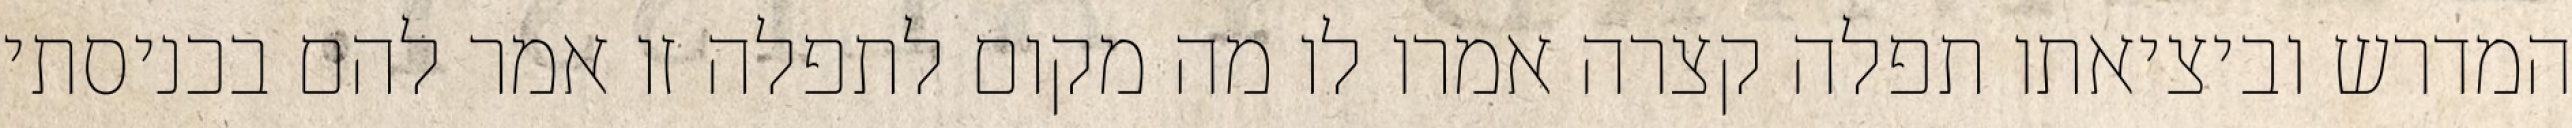
המדרש וביציאתו תפלה קצרה אמרו לו מה מקום לתפלה זו אמר להם בכניסתי